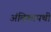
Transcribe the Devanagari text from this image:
अंबिकापथी